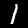
Label: 1